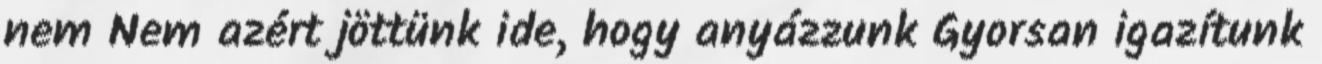
nem Nem azért jöttünk ide, hogy anyázzunk Gyorsan igazítunk